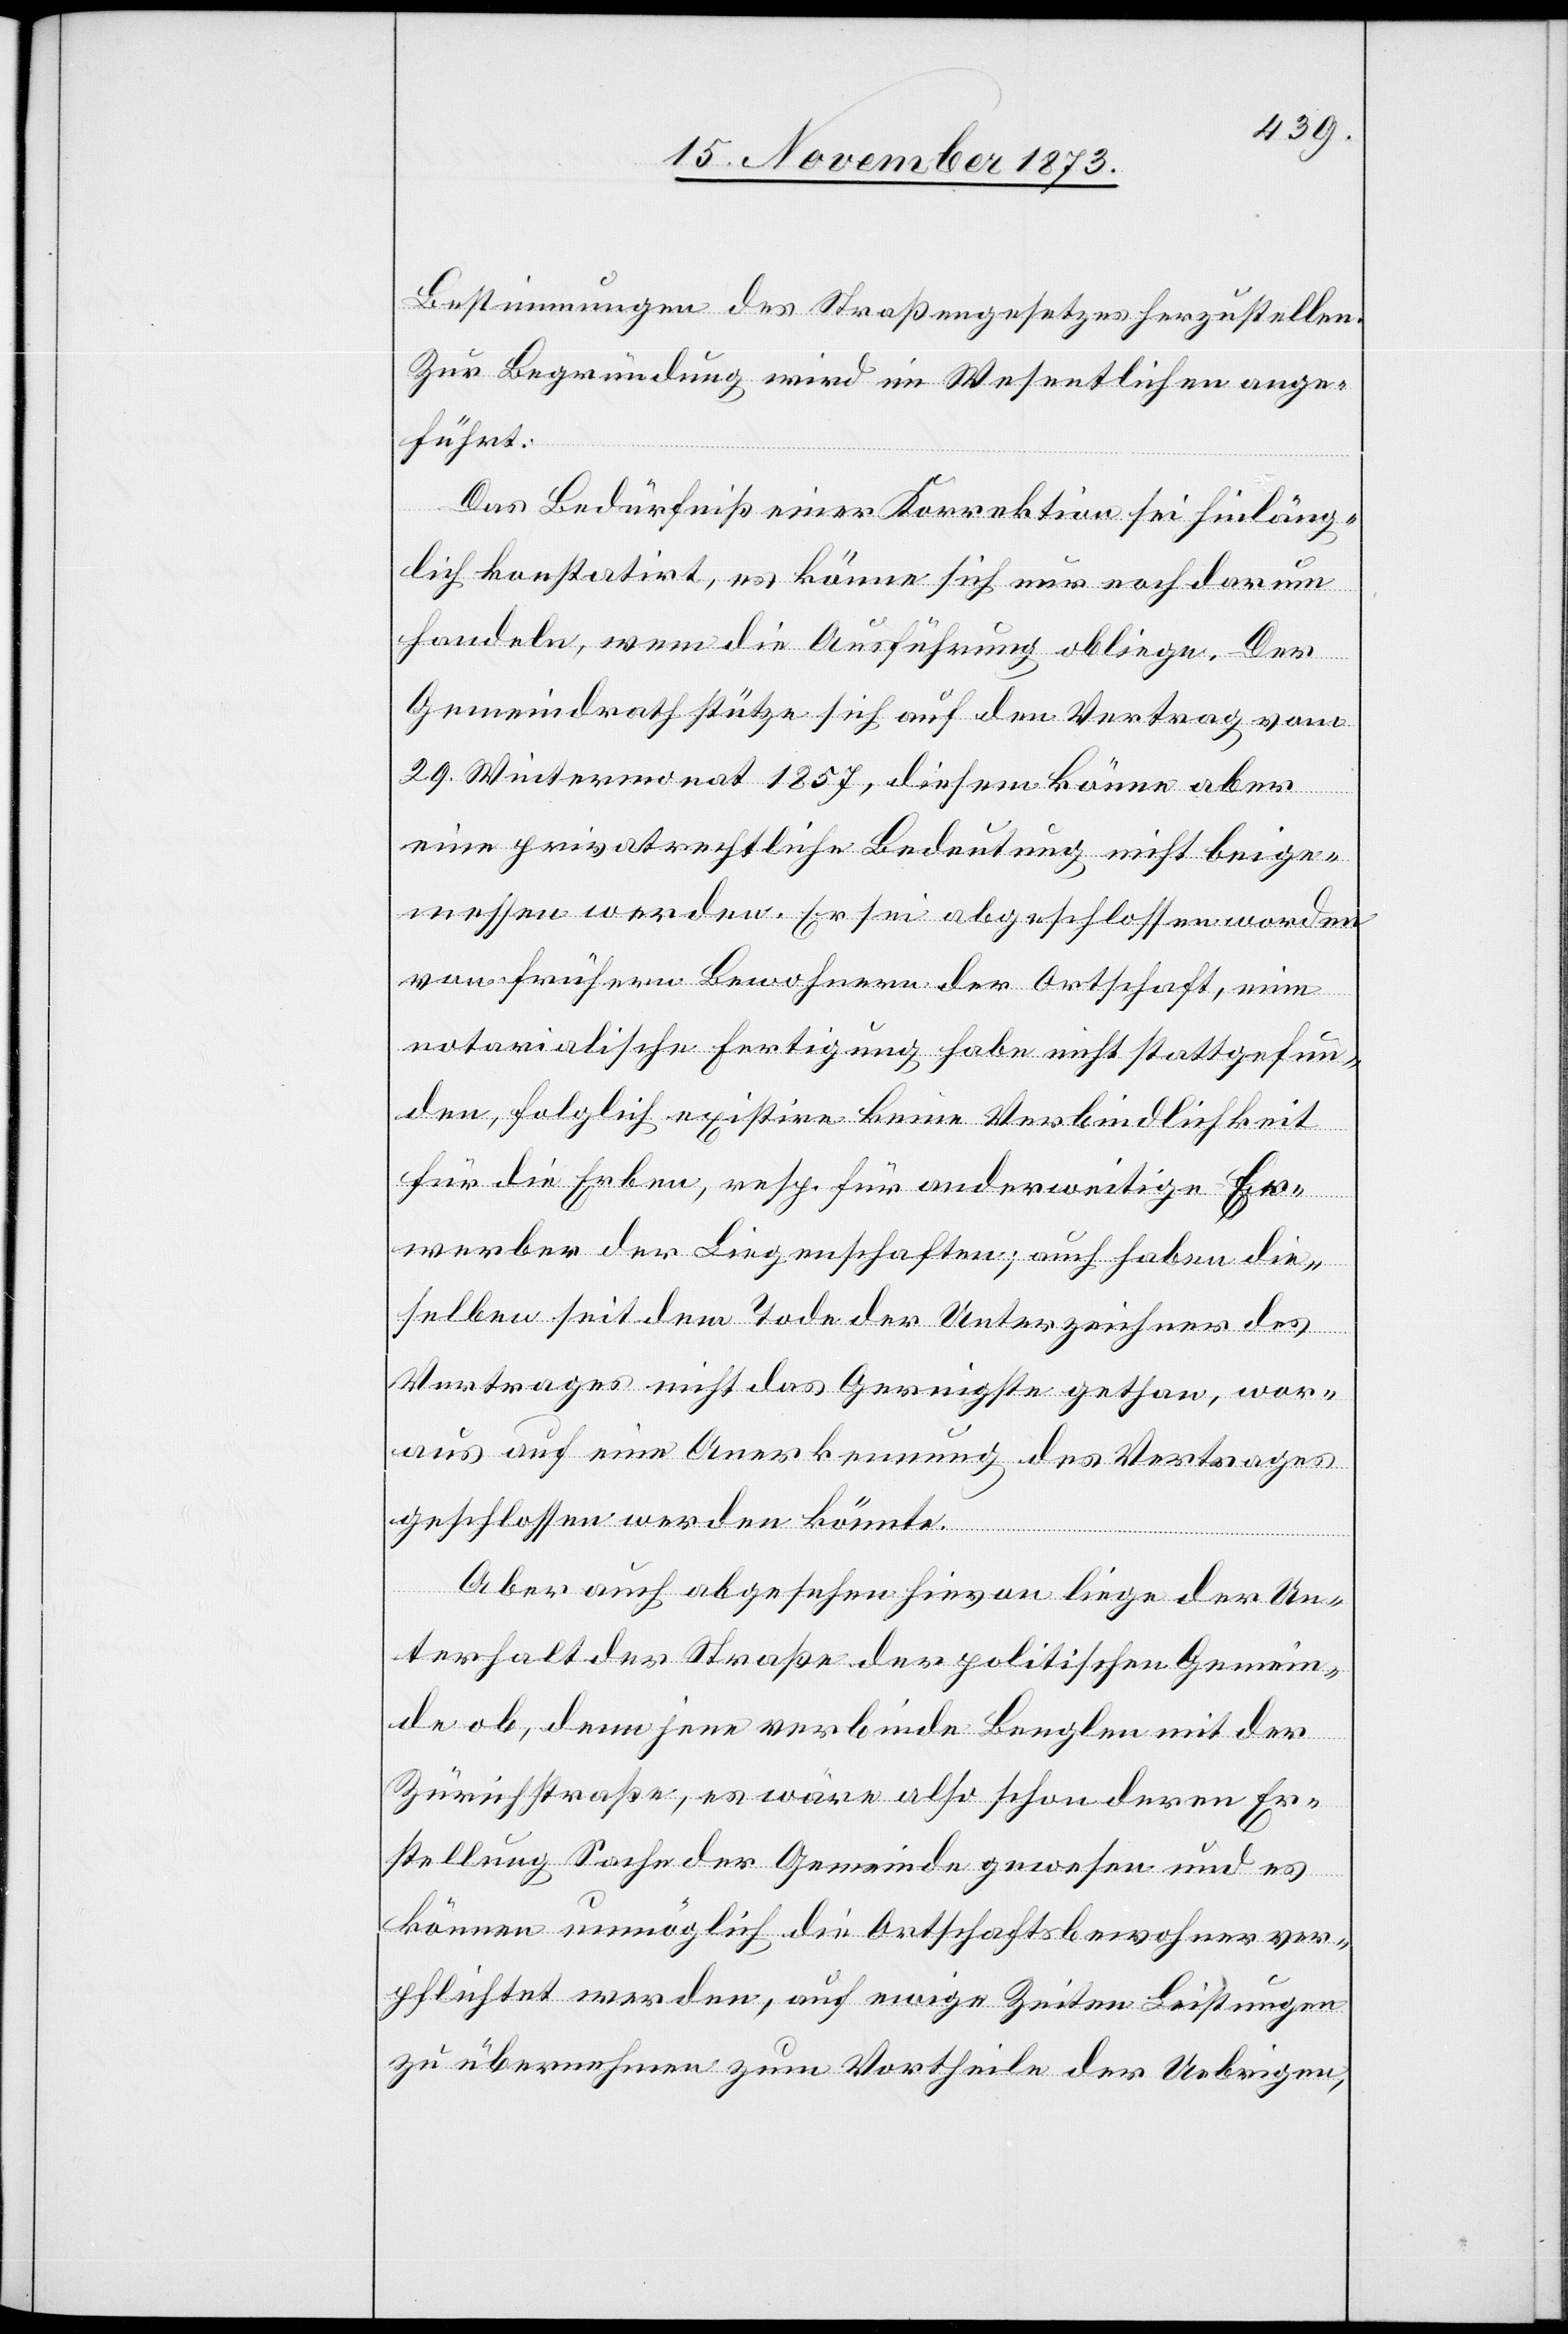
Bestimmungen des Straßengesetzes herzustellen.
Zur Begründung wird im Wesentlichen ange¬
führt:
Das Bedürfniß einer Korrektion sei hinläng¬
lich konstatirt, es könne sich nur noch darum
handeln, wem die Ausführung obliege. Der
Gemeindrath stütze sich auf den Vertrag vom
29. Wintermonat 1857, diesem könne aber
eine privatrechtliche Bedeutung nicht beige¬
messen werden. Er sei abgeschlossen worden
von frühern Bewohnern der Ortschaft, eine
notarialische Fertigung habe nicht stattgefun¬
den, folglich existire keine Verbindlichkeit
für die Erben, resp. für anderweitige Er¬
werber der Liegenschaften; auch haben die¬
selben seit dem Tode der Unterzeichner des
Vertrages nicht das Geringste gethan, wor¬
aus auf eine Anerkennung des Vertrages
geschlossen werden könnte.
Aber auch abgesehen hievon liege der Un¬
terhalt der Straße der politischen Gemein¬
de ob, denn jene verbinde Benglen mit der
Zürichstraße, es wäre also schon deren Er¬
stellung Sache der Gemeinde gewesen und es
können unmöglich die Ortschaftsbewohner ver¬
pflichtet werden, auf ewige Zeiten Leistungen
zu übernehmen zum Vortheile der Uebrigen,